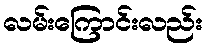
လမ်းကြောင်းလည်း